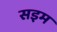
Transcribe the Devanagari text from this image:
सइम